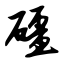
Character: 礓